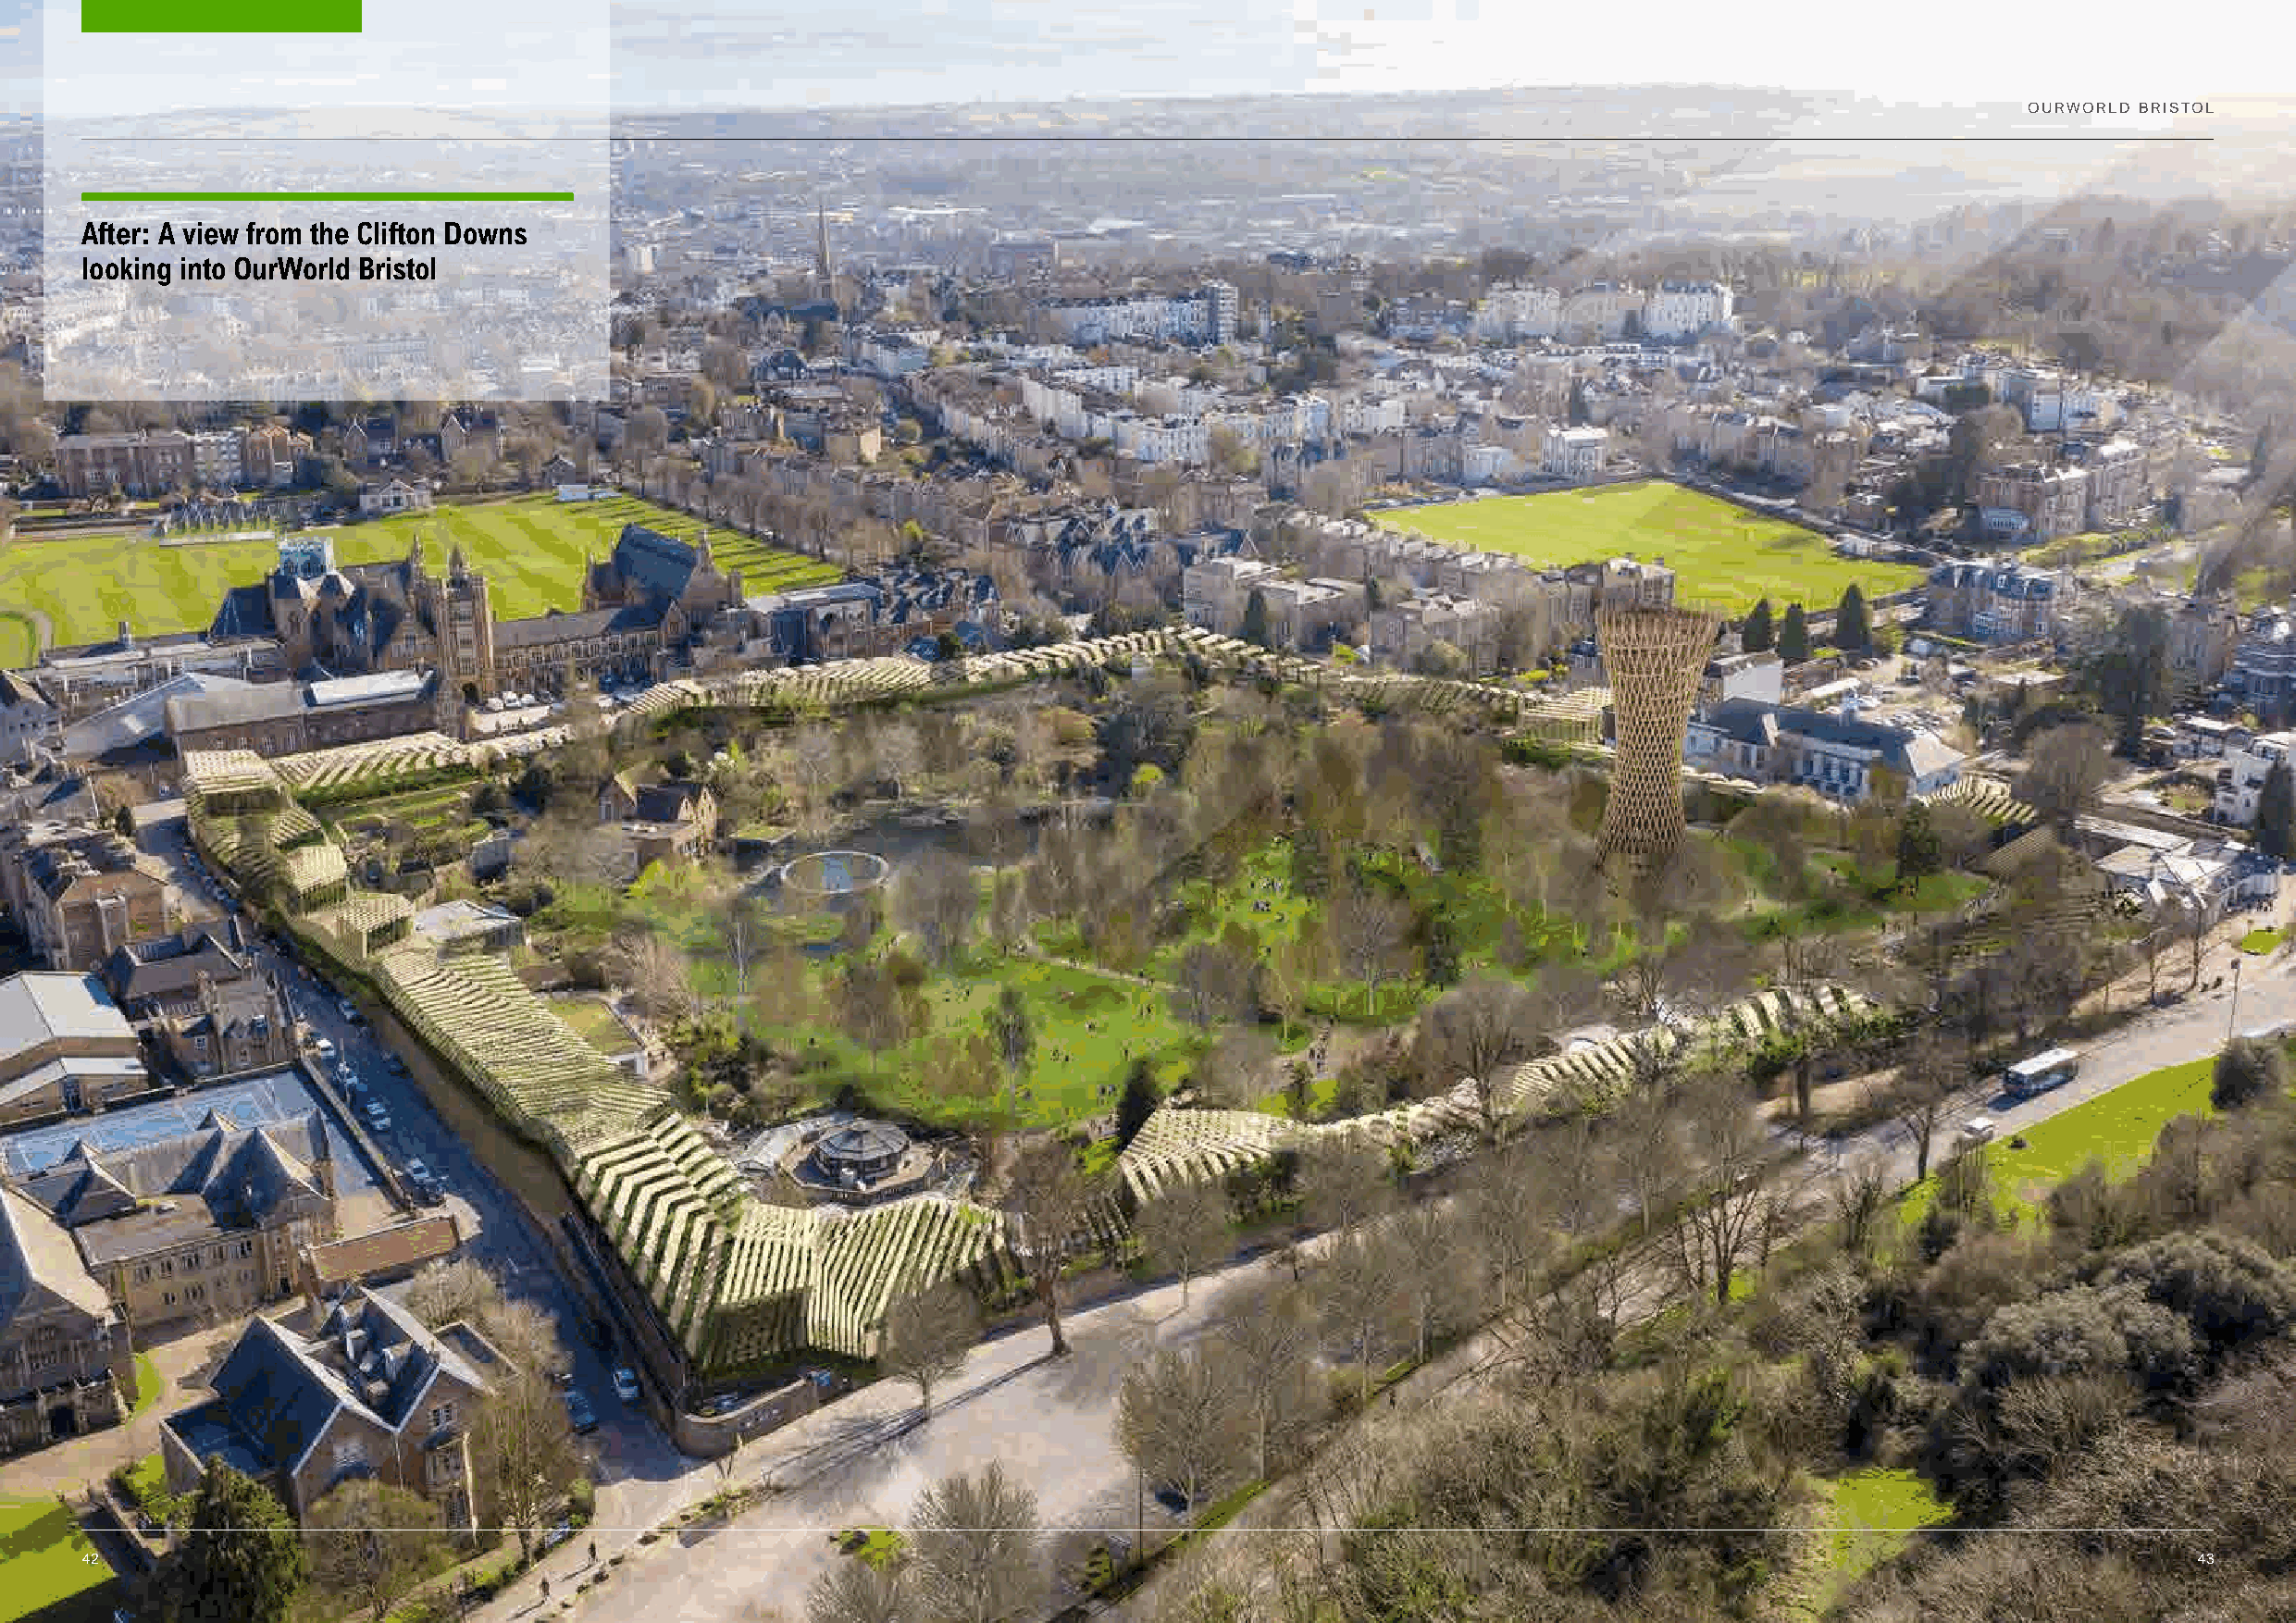
OURWORLD BRISTOL
 After: A view from the Clifton Downs
 looking into OurWorld Bristol
 42                                                                                                                                                     43